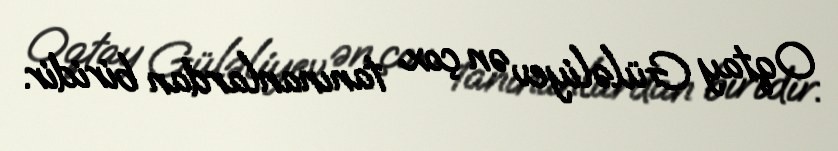
Oqtay Güləliyev ən çox tanınanlardan biridir.